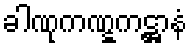
ခါဏုကဏ္ဋကဋ္ဌာနံ